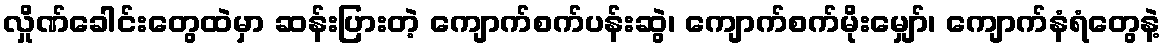
လှိုဏ်ခေါင်းတွေထဲမှာ ဆန်းပြားတဲ့ ကျောက်စက်ပန်းဆွဲ၊ ကျောက်စက်မိုးမျှော်၊ ကျောက်နံရံတွေနဲ့